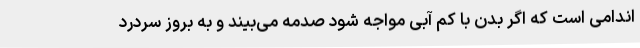
اندامی است که اگر بدن با کم آبی مواجه شود صدمه می‌بیند و به بروز سردرد